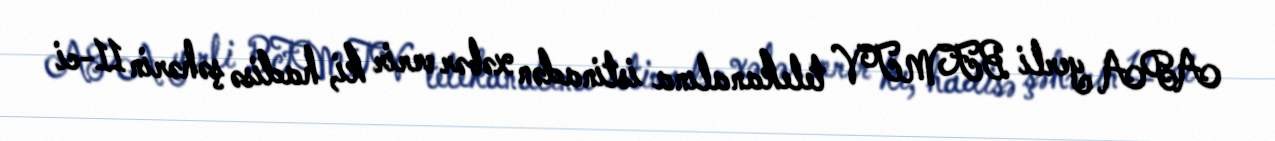
APA yerli BFMTV telekanalına istinadən xəbər verir ki, hadisə şəhərin 11-ci